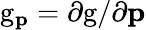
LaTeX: \mathrm{g}_{\mathbf{p}}={\partial\mathrm{g}}/{\partial\mathbf{p}}